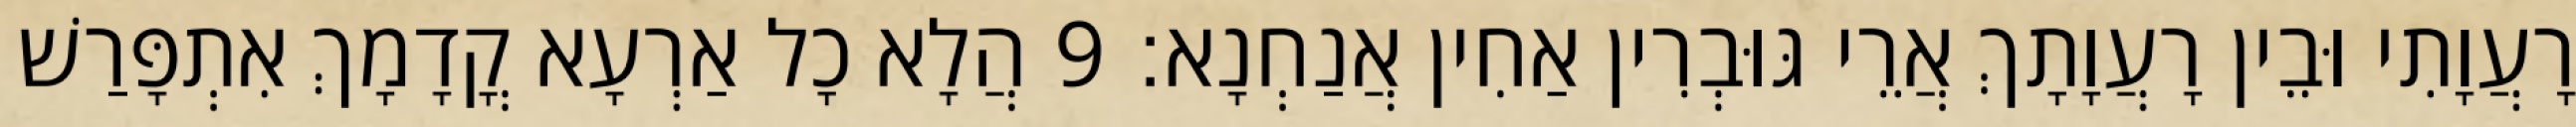
רָעֲוָתִי וּבֵין רָעֲוָתָךְ אֲרֵי גּוּבְרִין אַחִין אֲנַחְנָא׃ 9 הֲלָא כָל אַרְעָא קֳדָמָךְ אִתְפָּרַשׁ